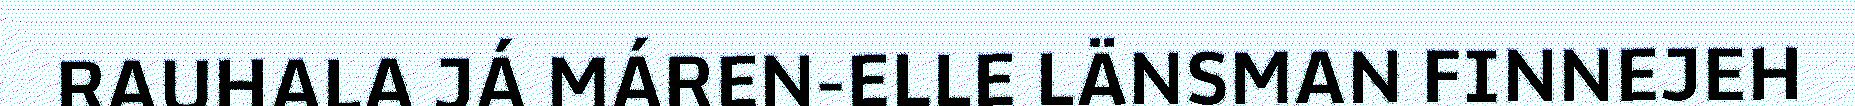
RAUHALA JÁ MÁREN-ELLE LÄNSMAN FINNEJEH